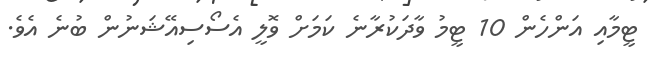
ޓީމާއި އަންހެން 10 ޓީމު ވާދަކުރާނެ ކަމަށް ވޮލީ އެސޯސިއޭޝަނުން ބުނެ އެވެ.